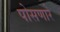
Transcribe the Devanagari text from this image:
पोसणारे